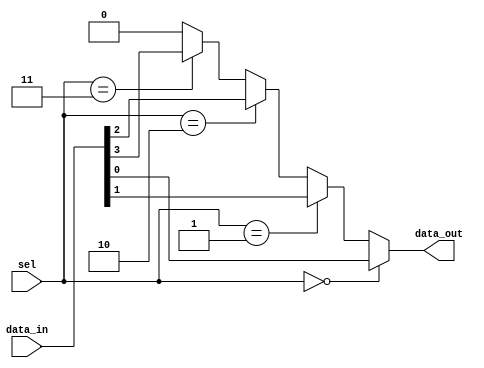
module mux_4to1 (
    input wire [3:0] data_in, // 4-bit data input
    input wire [1:0] sel,     // 2-bit selector input
    output wire data_out       // Single bit data output
);

// Continuous assignment for the output based on the selector
assign data_out = (sel == 2'b00) ? data_in[0] :
                  (sel == 2'b01) ? data_in[1] :
                  (sel == 2'b10) ? data_in[2] :
                  (sel == 2'b11) ? data_in[3] :
                  1'b0; // Default case (not strictly necessary)

endmodule